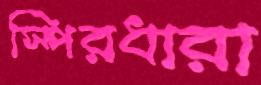
স্পিরধারা